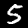
Digit: 5